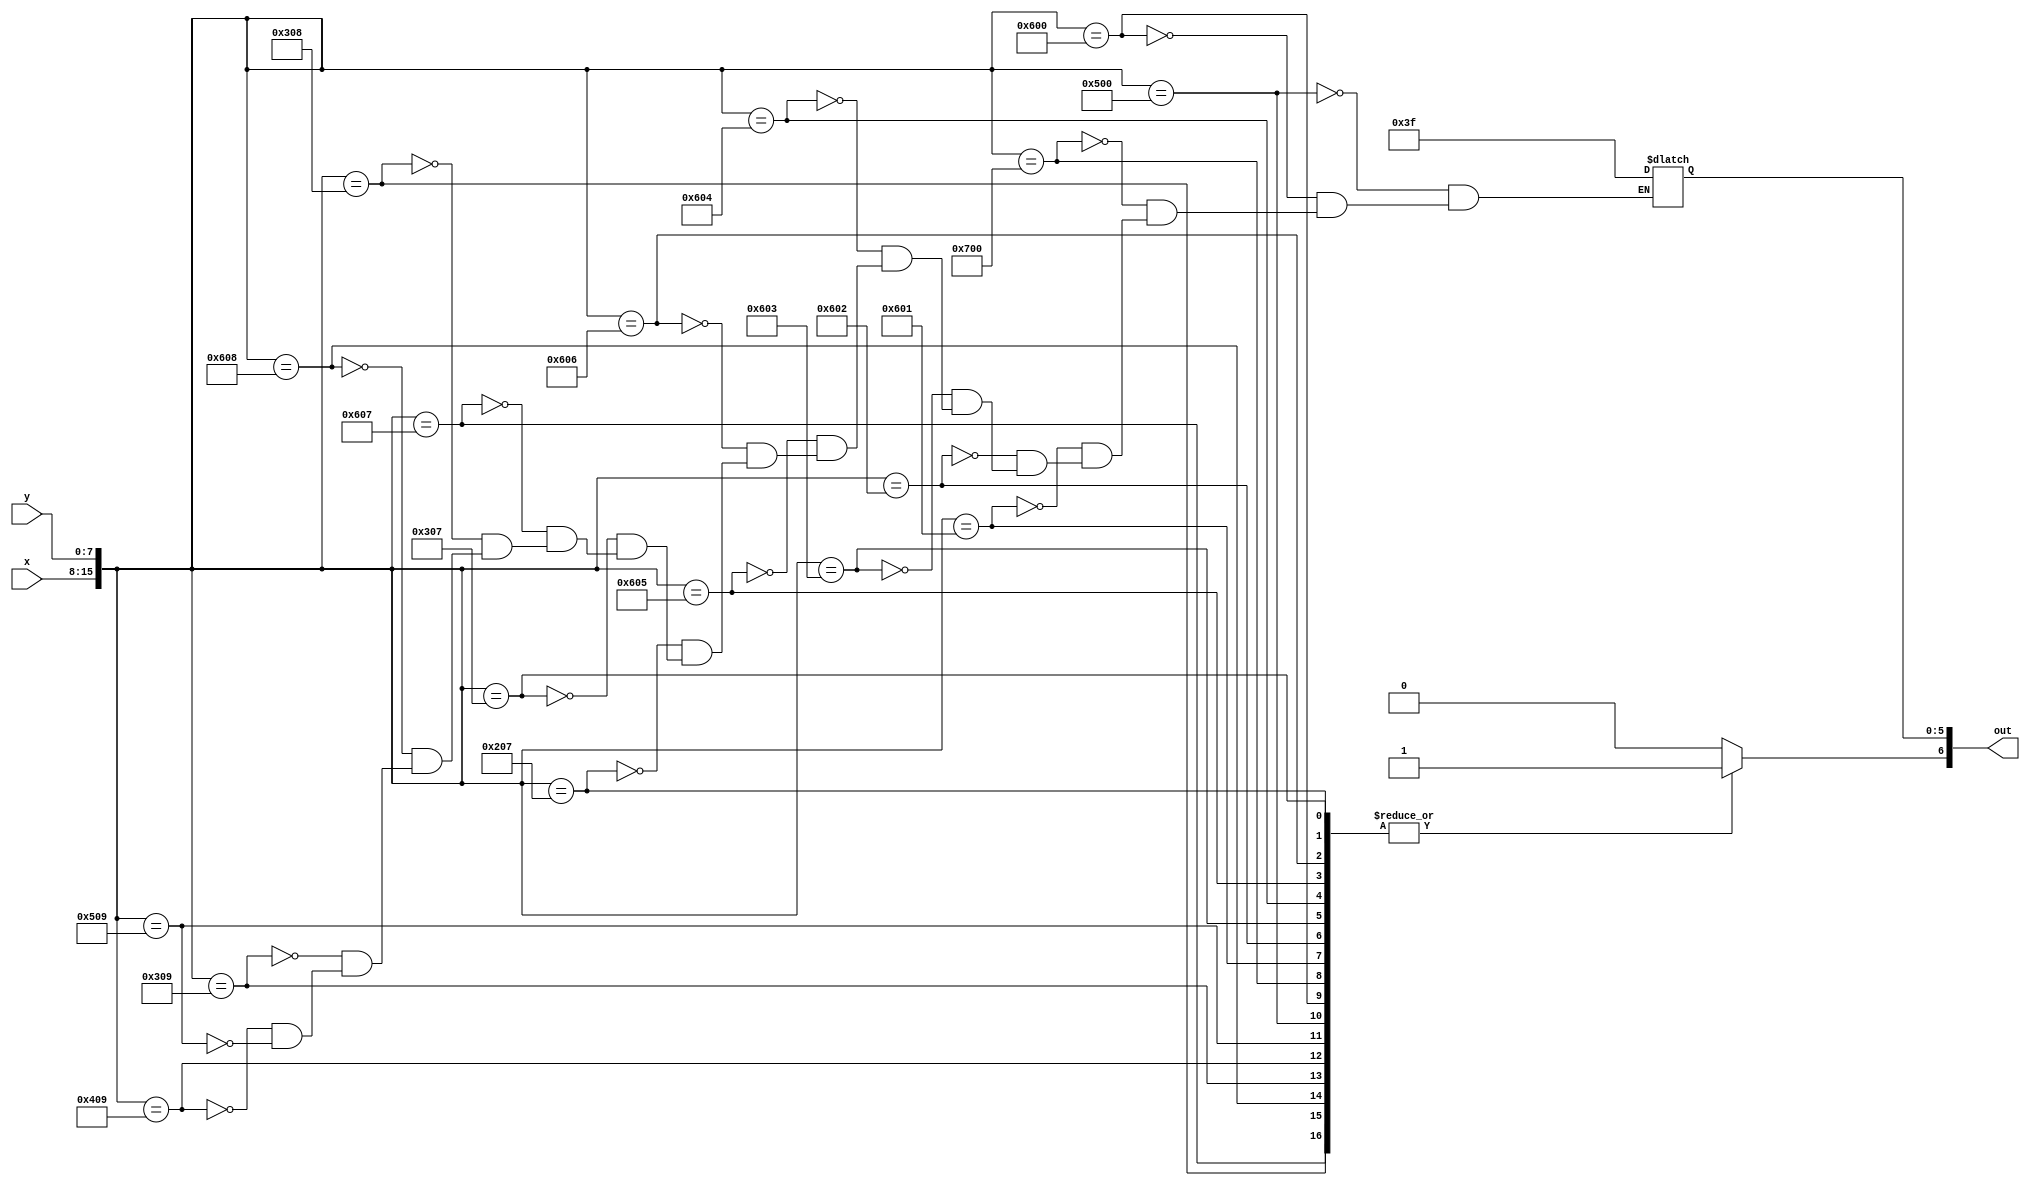
module char_j_lut(x, y, out);
	input [7:0] x;
	input [7:0] y;
	output reg [6:0] out;

	always@(*)
	begin
		out[6] <= 1'b1;
		case({x, y})
			16'h0500: out[5:0] <= 6'b111111;
			16'h0600: out[5:0] <= 6'b111111;
			16'h0700: out[5:0] <= 6'b111111;
			
			16'h0601: out[5:0] <= 6'b111111;
			16'h0602: out[5:0] <= 6'b111111;
			16'h0603: out[5:0] <= 6'b111111;
			16'h0604: out[5:0] <= 6'b111111;
			16'h0605: out[5:0] <= 6'b111111;
			16'h0606: out[5:0] <= 6'b111111;
			
			16'h0207: out[5:0] <= 6'b111111;
			16'h0307: out[5:0] <= 6'b111111;
			16'h0607: out[5:0] <= 6'b111111;
			
			16'h0308: out[5:0] <= 6'b111111;
			16'h0608: out[5:0] <= 6'b111111;
			
			16'h0309: out[5:0] <= 6'b111111;
			16'h0409: out[5:0] <= 6'b111111;
			16'h0509: out[5:0] <= 6'b111111;
			default: out[6] <= 1'b0;
		endcase
	end
endmodule
module char_j(x, y, flush_x, flush_y, colour, enable);
	input [7:0] x;
	input [7:0] y;
	input [7:0] flush_x;
	input [7:0] flush_y;
	
	output [5:0] colour;
	output enable;
	
	wire [6:0] lut_out;
	
	char_j_lut(flush_x - x, flush_y - y, lut_out);
	
	assign colour = lut_out[5:0];
	assign enable = lut_out[6];
endmodule